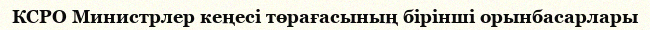
КСРО Министрлер кеңесі төрағасының бірінші орынбасарлары